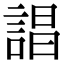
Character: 誯